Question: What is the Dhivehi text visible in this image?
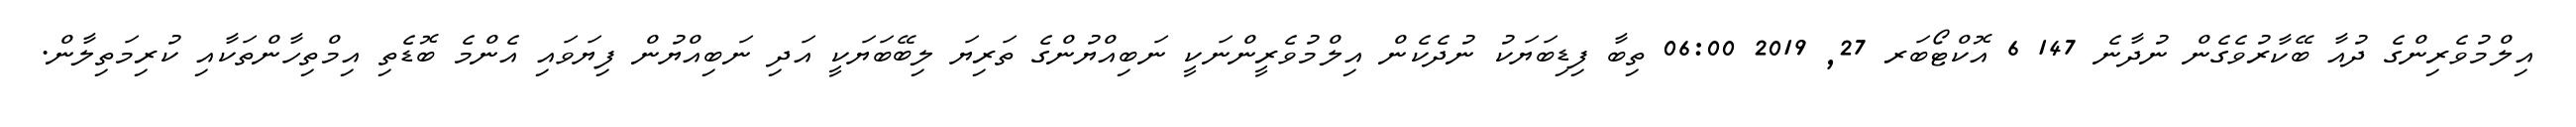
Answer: އިލްމުވެރިންގެ ދުއާ ބޭކާރުވެގެން ނުދާނެ 147 6 އޮކްޓޯބަރ 27, 2019 06:00 ތިބާ ފިޑިބަޔަކު ނުދެކެން އިލްމުވެރީންނަކީ ނަބިއްޔުންގެ ތަރިޔަ ލިބޭބަޔަކީ އަދި ނަބިއްޔުން ފިޔަވައި އެންމެ ބޮޑެތި އިމްތިހާންތަކާއި ކުރިމަތިލާން.